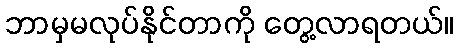
ဘာမှမလုပ်နိုင်တာကို တွေ့လာရတယ်။